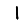
Digit: 1